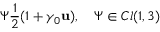
\Psi \frac { 1 } { 2 } ( 1 + \gamma _ { 0 } { \bf u } ) , \quad \Psi \in C l ( 1 , 3 )